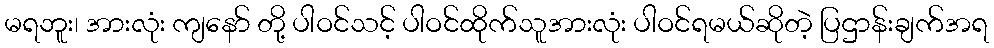
မရဘူး၊ အားလုံး ကျနော် တို့ ပါဝင်သင့် ပါဝင်ထိုက်သူအားလုံး ပါဝင်ရမယ်ဆိုတဲ့ ပြဌာန်းချက်အရ